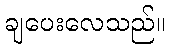
ချပေးလေသည်။